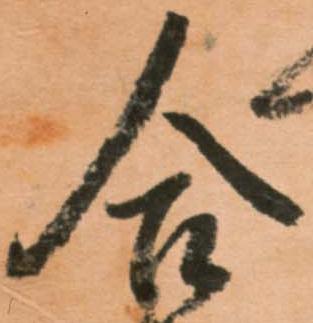
合